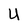
Character: U